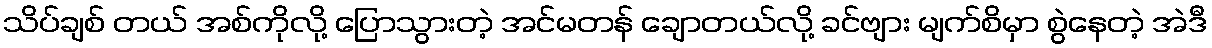
သိပ်ချစ် တယ် အစ်ကိုလို့ ပြောသွားတဲ့ အင်မတန် ချောတယ်လို့ ခင်ဗျား မျက်စိမှာ စွဲနေတဲ့ အဲဒီ